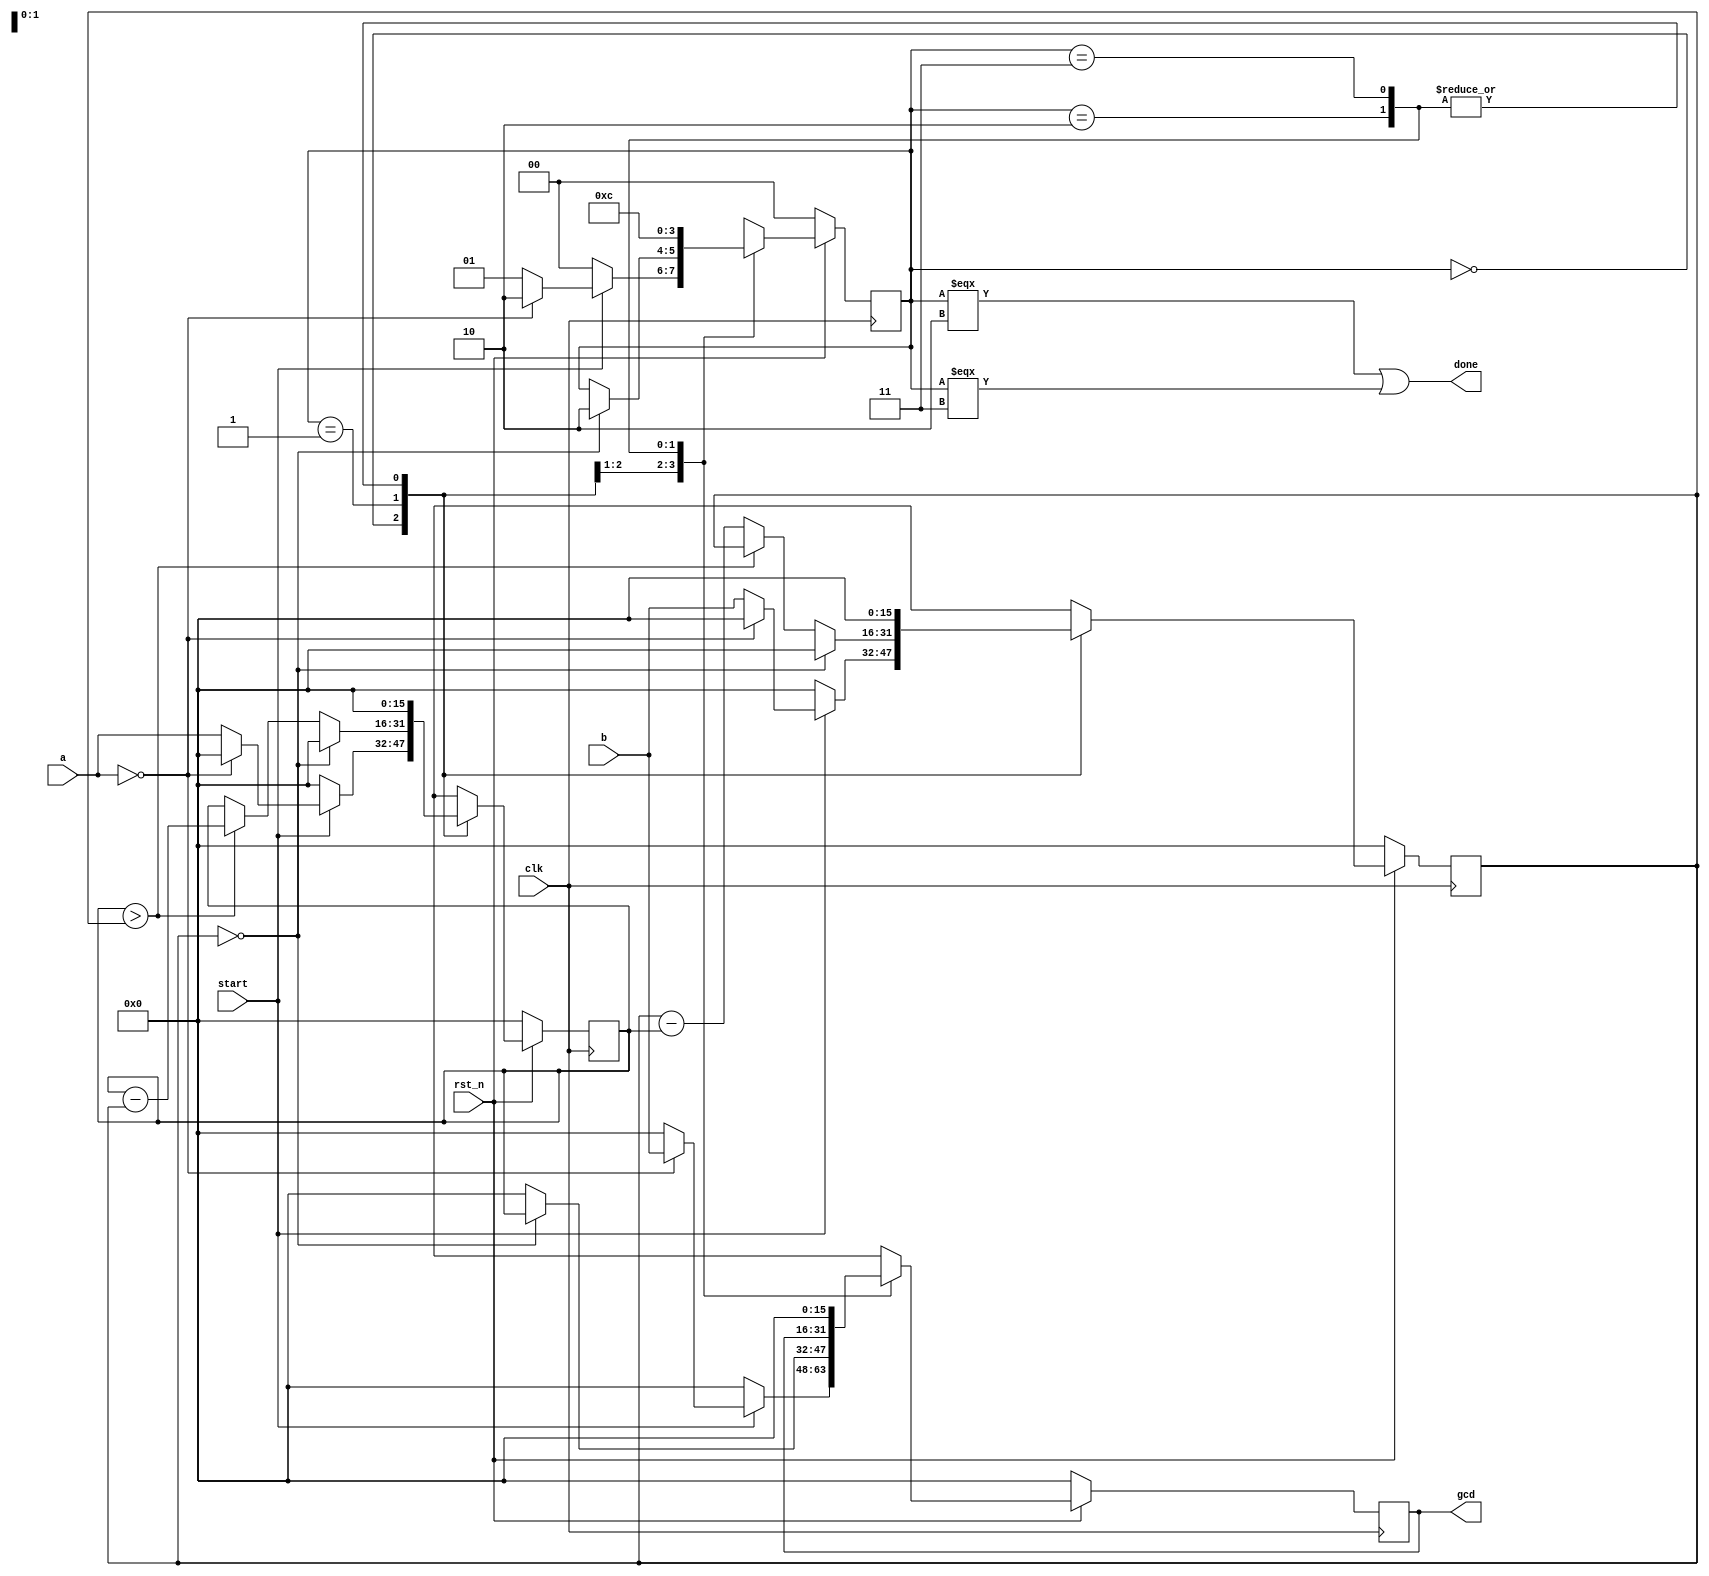
`timescale 1ns/1ps

module Greatest_Common_Divisor (clk, rst_n, start, a, b, done, gcd);
input clk, rst_n;
input start;
input [15:0] a;
input [15:0] b;
output done;
output reg [15:0] gcd;

parameter 
WAIT = 2'b00,
CAL = 2'b01,
FINISH = 2'b10,
DISPLAY = 2'b11;

reg [15:0] next_gcd;

reg [1:0] state;
reg [1:0] next_state;

reg [15:0] in_a, in_b;
reg [15:0] next_in_a, next_in_b;

wire zeroB, biggerA;
assign zeroB = (in_b == 16'd0);
assign biggerA = (in_a > in_b);

assign done = (state === FINISH)||(state === DISPLAY);

always@(posedge clk)begin
    if(rst_n == 1'b0)begin
        state <= WAIT;
        gcd <= 16'd0;
        in_a <= 16'd0;
        in_b <= 16'd0;
    end else begin
        state <= next_state;
        gcd <= next_gcd;
        in_a <= next_in_a;
        in_b <= next_in_b;
    end
end

always@(*)begin
    next_state = state;
    next_gcd = 16'd0;
    next_in_a = in_a;
    next_in_b = in_b;
    case(state)
    WAIT:begin
        if(start)begin
            if(a==16'd0) begin
                next_state = FINISH;
                next_gcd = b;
                next_in_a = 16'd0;
                next_in_b = 16'd0;
            end else begin
                next_state = CAL;
                next_gcd = 16'd0;
                next_in_a = a;
                next_in_b = b;
            end
        end else begin
            next_state = WAIT;
            next_gcd = 16'd0;
            next_in_a = 16'd0;
            next_in_b = 16'd0;
        end
    end
    CAL:begin
        if(zeroB)begin
            next_state = FINISH;
            next_gcd = in_a;
            next_in_a = 16'd0;
            next_in_b = 16'd0;
        end
        else begin
            if(biggerA)begin
                next_state = state;
                next_gcd = 16'd0;
                next_in_a = in_a - in_b;
                next_in_b = in_b;
            end
            else begin
                next_state = state;
                next_gcd = 16'd0;
                next_in_a = in_a;
                next_in_b = in_b - in_a;
            end
        end
    end
    FINISH:begin
        next_state = DISPLAY;
        next_gcd = gcd;
        next_in_a = 16'd0;
        next_in_b = 16'd0;
    end
    DISPLAY:begin
        next_state = WAIT;
        next_gcd = 16'd0;
        next_in_a = 16'd0;
        next_in_b = 16'd0;
    end
    endcase
end

endmodule


/*
`timescale 1ns/1ps

module Greatest_Common_Divisor (clk, rst_n, start, a, b, done, gcd);
input clk, rst_n;
input start;
input [15:0] a;
input [15:0] b;
output reg done;
output reg [15:0] gcd;

parameter WAIT = 2'b00;
parameter CAL = 2'b01;
parameter FINISH = 2'b10;

reg [1:0] state;
reg [7:0] cycle_cnt;

reg [15:0] in_a, in_b;

always@(posedge clk)begin
    if(rst_n == 1'b0)begin
        in_a <= 1'b0;
        in_b <= 1'b0;
        state <= WAIT;
        gcd <= 1'b0;
        done <= 1'b0;
        cycle_cnt <= 1'b0;
    end
    else begin
        case(state)
        WAIT:begin
            if(start==1'b0)begin
                in_a <= a;
                in_b <= b;
                state <= CAL;
            end
            else begin
                in_a <= 1'b0;
                in_b <= 1'b0;
                state <= WAIT;
            end
            gcd <= 1'b0;
            done <= 1'b0;
            cycle_cnt <= 1'b0;
        end
        CAL:begin
            if(in_a == 16'b0)begin
                in_a <= in_a;
                in_b <= in_b;
                state <= FINISH;
                gcd <= in_b;
                done <= 1'b1;
            end
            else begin
                if(in_b!=16'b0)begin
                    if(in_a > in_b) begin
                        in_a <= in_a - in_b;
                        in_b <= in_b;
                    end
                    else begin
                        in_b <= in_b - in_a;
                        in_a <= in_a;
                    end
                    state <= CAL;
                    gcd <= 1'b0;
                    done <= 1'b0;
                end
                else begin
                    state <= FINISH;
                    gcd <= in_a;
                    done <= 1'b1;
                end
            end
            cycle_cnt <= 1'b0;
        end
        FINISH:begin
            if(cycle_cnt == 2'b10)begin
                in_a <= in_a;
                in_b <= in_b;
                state <= WAIT;
                gcd <= gcd;
                done <= done;
                cycle_cnt <= 1'b0;
            end
            else begin
                in_a <= in_a;
                in_b <= in_b;
                state <= state;
                gcd <= gcd;
                done <= done;
                cycle_cnt <= cycle_cnt + 1'b1;
            end
            
        end
        endcase
    end
end
endmodule

*/